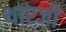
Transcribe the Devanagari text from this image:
थारजी